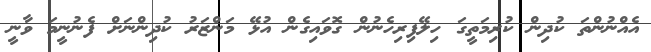
އެއްނުންތަ ކުދިން ކުރިމަތީގަ ހިލޭފިރިހެނުން ގޮވައިގެން އުޅޭ މަންޒަރު ކުދިންނަށް ފެނުނީމަ ވާނީ